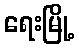
ရေးမြို့